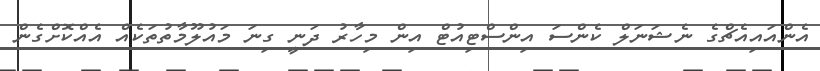
އެންއައިއެޗްގެ ނެޝަނަލް ކެންސަ އިންސްޓިއުޓް އިން މިހާރު ދަނީ ގިނަ މައުލޫމާތުތަކެއް އެއްކޮށްގެން